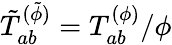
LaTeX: \tilde{T}_{ab}^{(\tilde{\phi})}=T_{ab}^{(\phi)}/\phi